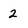
Character: 2